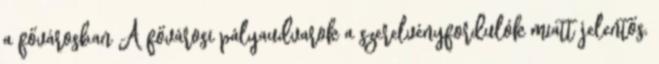
a fővárosban A fővárosi pályaudvarok a szerelvényfordulók miatt jelentős,